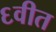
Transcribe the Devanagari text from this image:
६वीत